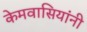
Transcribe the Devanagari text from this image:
केमवासियांनी